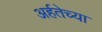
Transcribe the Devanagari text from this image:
अर्हतेच्या